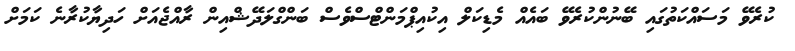
ކުރެވޭ މަސައްކަތުގައި ބޭނުންކުރެވޭ ބައެއް މެޑިކަލް އިކުއިޕްމަންޓްސްވެސް ބަންގްލަދޭޝްއިން ރާއްޖެއަށް ހަދިޔާކުރާނެ ކަމަށް